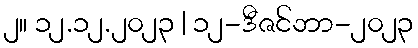
၂။ ၁၂.၁၂.၂၀၂၃ | ၁၂-ဒီဇင်ဘာ-၂၀၂၃